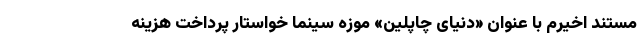
مستند اخیرم با عنوان «دنیای چاپلین» موزه سینما خواستار پرداخت هزینه